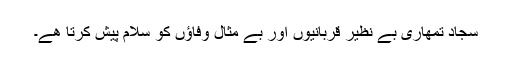
سجاد تمھاری بے نظیر قربانیوں اور بے مثال وفاؤں کو سلام پیش کرتا ھے۔